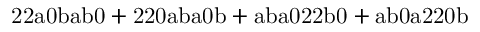
\mathrm { 2 2 a 0 b a b 0 + 2 2 0 a b a 0 b + a b a 0 2 2 b 0 + a b 0 a 2 2 0 b }